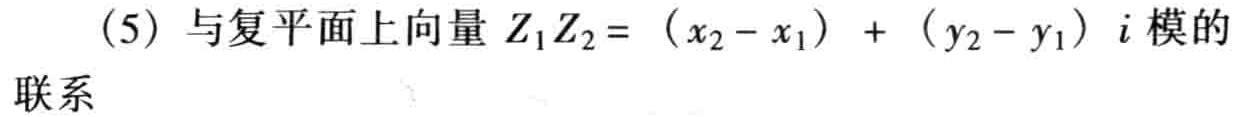
(5) 与复平面上向量 \(Z_1Z_2 = (x_2 - x_1)+(y_2 - y_1)i\) 模的联系